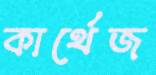
কার্থেজ